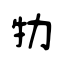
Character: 牞